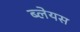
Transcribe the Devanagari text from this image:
ब्लेयस